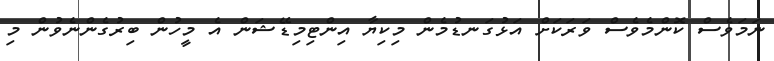
ނަމަވެސް ކޮންމެވެސް ވަރަކަށް އަޅުގަނޑުމެން މިކިޔާ އިންޓިމިޑޭޝަން އެ މީހުން ބިރުގެންނެވުން މި